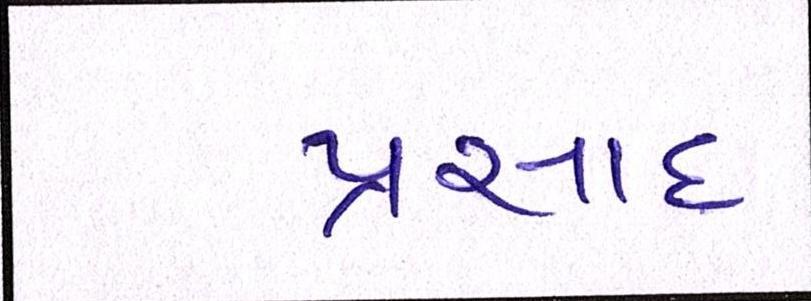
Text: પ્રસાદ